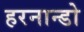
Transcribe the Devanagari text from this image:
हरनान्डो